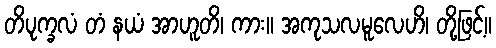
တိပုက္ခလံ တံ နယံ အာဟူတိ၊ ကား။ အကုသလမူလေဟိ၊ တို့ဖြင့်။